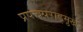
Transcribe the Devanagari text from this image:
प्रपचपराड्म़ुख